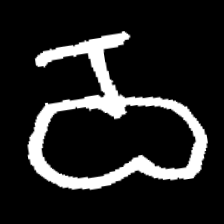
Pyu character \u2014 Myanmar letter: ဝ (romanized: wa)